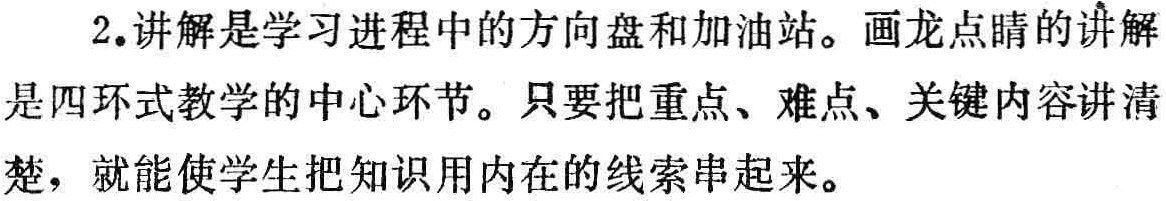
2.讲解是学习进程中的方向盘和加油站。画龙点睛的讲解是四环式教学的中心环节。只要把重点、难点、关键内容讲清楚，就能使学生把知识用内在的线索串起来。